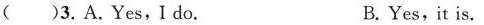
( )3.A.Yes,I do B.Yes,it is.